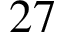
2 7